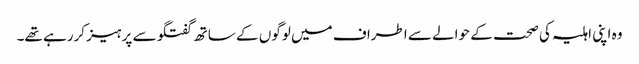
وہ اپنی اہلیہ کی صحت کے حوالے سے اطراف میں لوگوں کے ساتھ گفتگو سے پرہیز کررہے تھے۔